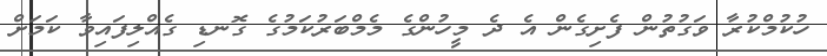
ހުކުމްކުރާ ވަގުތުން ފެށިގެން އެ ދެ މީހުންގެ މެމްބަރުކަމުގެ ގޮނޑި ގެއްލިފައިވާ ކަމަށް